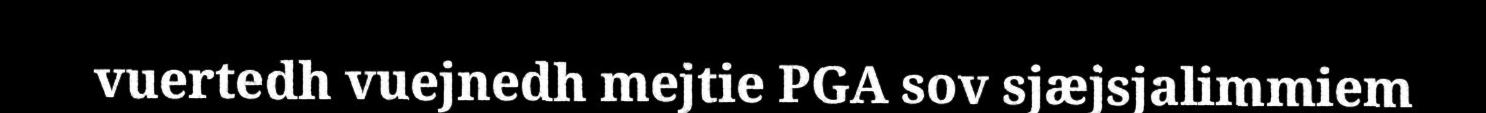
vuertedh vuejnedh mejtie PGA sov sjæjsjalimmiem